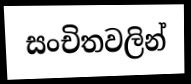
සංචිතවලින්